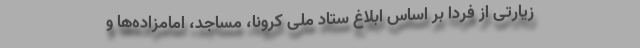
زیارتی از فردا بر اساس ابلاغ ستاد ملی کرونا، مساجد، امامزاده‌ها و